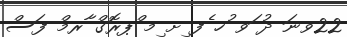
22ވނަ ދު ަވ ުހ ެފ ިށ ިމ ްޕރޮގް ާރމް ފަސް